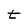
Character: t